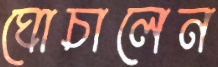
ঘোচালেন